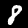
Digit: 8